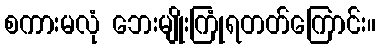
စကားမလုံ ဘေးမျိုးကြုံရတတ်ကြောင်း။